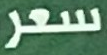
سعر